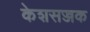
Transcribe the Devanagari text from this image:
केशसज्जक